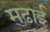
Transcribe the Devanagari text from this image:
मढ़ाई